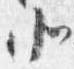
北